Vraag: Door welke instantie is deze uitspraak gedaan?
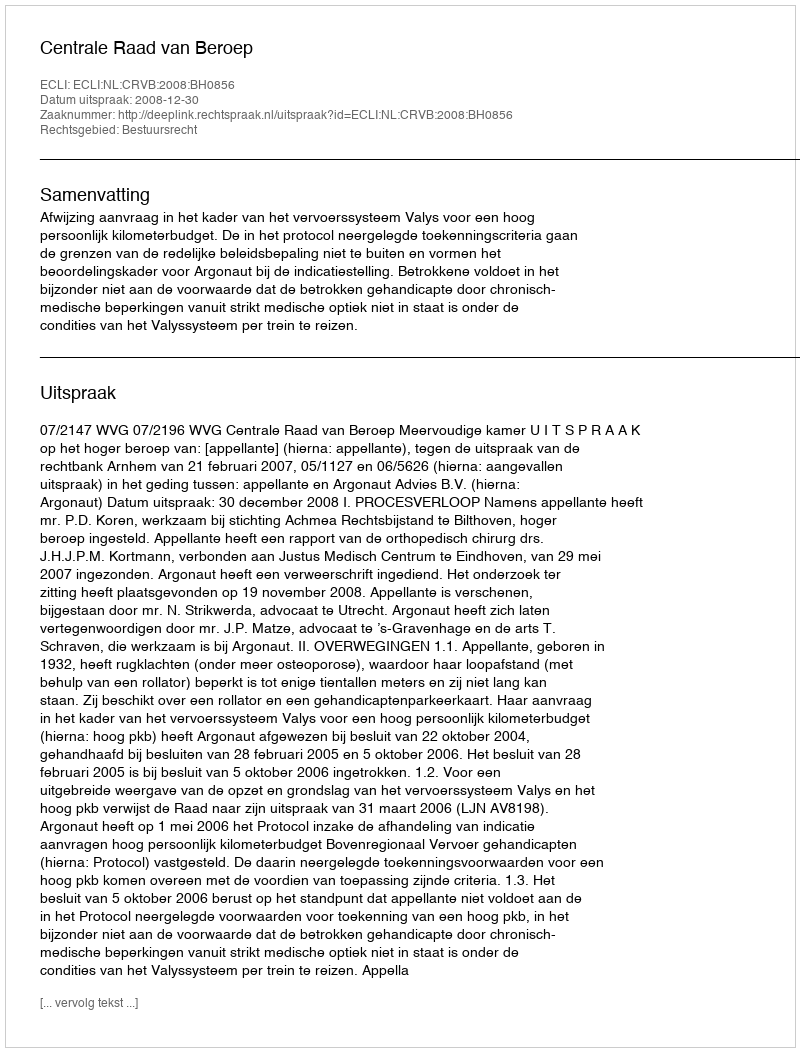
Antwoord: Centrale Raad van Beroep